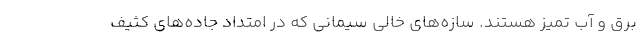
برق و آب تمیز هستند. سازه‌های خالی سیمانی که در امتداد جاده‌های کثیف